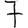
Digit: 7